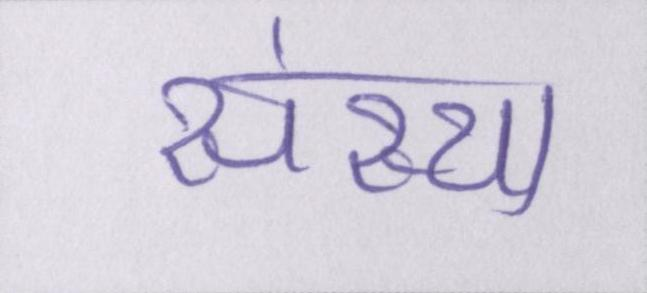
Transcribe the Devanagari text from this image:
संस्था